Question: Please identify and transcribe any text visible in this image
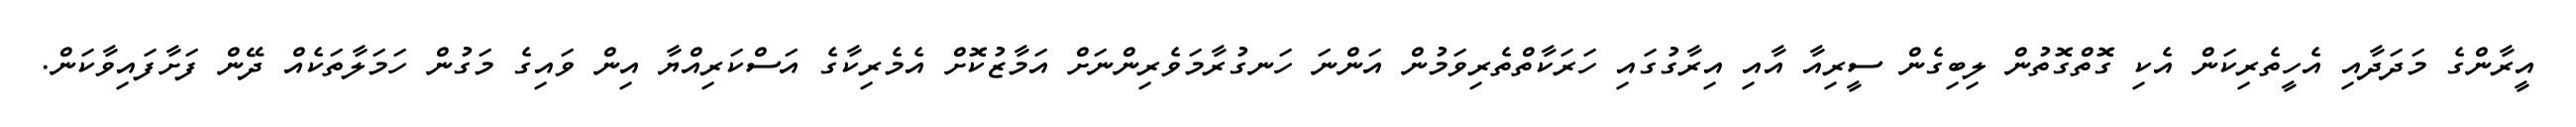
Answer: އީރާންގެ މަދަދާއި އެހީތެރިކަން އެކި ގޮތްގޮތުން ލިބިގެން ސީރިއާ އާއި އިރާގުގައި ހަރަކާތްތެރިވަމުން އަންނަ ހަނގުރާމަވެރިންނަށް އަމާޒުކޮށް އެމެރިކާގެ އަސްކަރިއްޔާ އިން ވައިގެ މަގުން ހަމަލާތަކެއް ދޭން ފަށާފައިވާކަން.